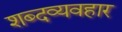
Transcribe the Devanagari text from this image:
शब्दव्यवहार